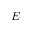
E